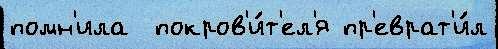
помн'ила  покров'и́т'ел'я пр'еврат'и́л